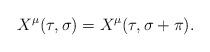
LaTeX: \begin{align*}X^{\mu}(\tau,\sigma)=X^{\mu}(\tau,\sigma+\pi).\end{align*}